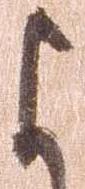
よ